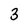
Character: 3